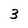
Character: 3